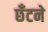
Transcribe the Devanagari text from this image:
छँटने